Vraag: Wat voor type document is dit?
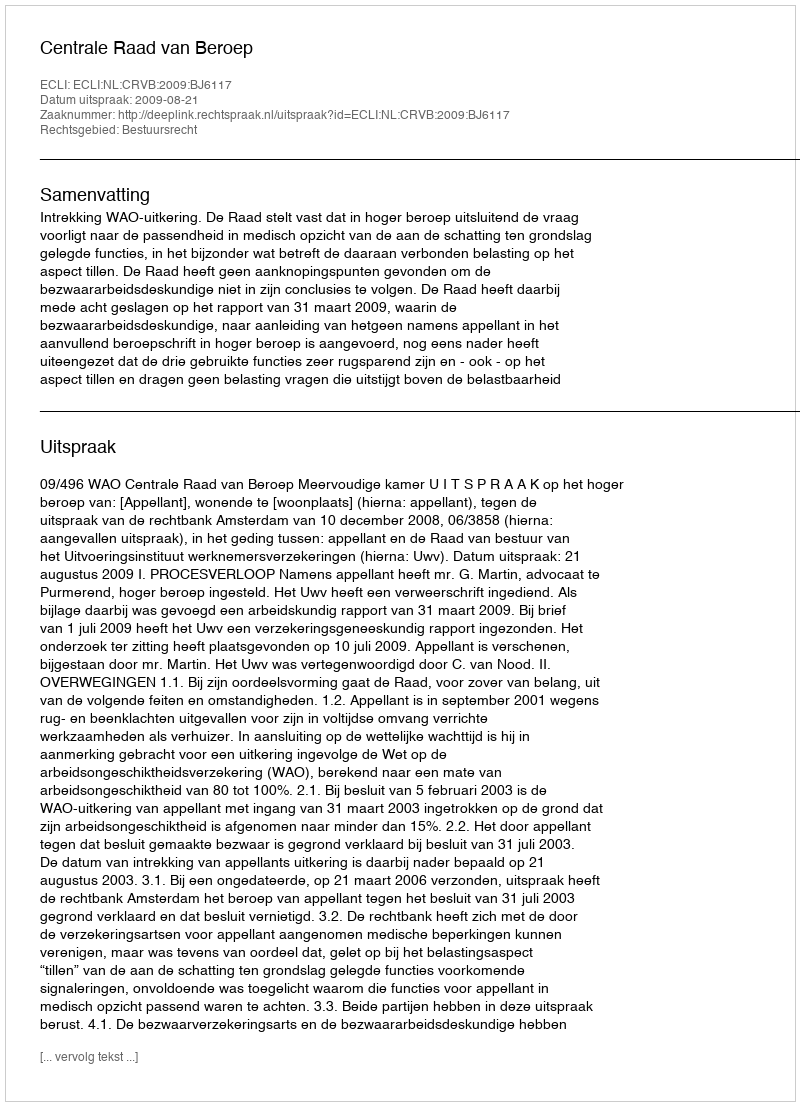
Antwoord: Uitspraak